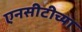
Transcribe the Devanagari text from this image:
एनसीटीच्या